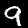
Digit: 9